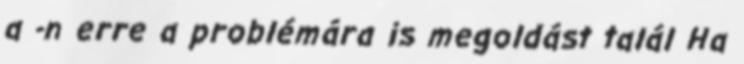
a -n erre a problémára is megoldást talál Ha